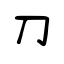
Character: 刀